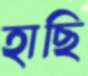
হাছি